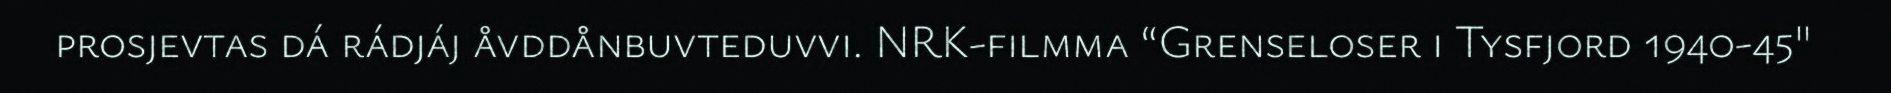
prosjevtas dá rádjáj åvddånbuvteduvvi. NRK-filmma “Grenseloser i Tysfjord 1940-45"